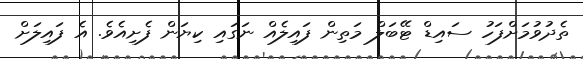
ތެދުވުމަށްފަހު ސައިޑް ޓޭބަލް މަތިން ފައިލެއް ނަގައި ކިޔަން ފެށިއެވެ. އެ ފައިލަށް